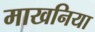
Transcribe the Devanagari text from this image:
माखनिया